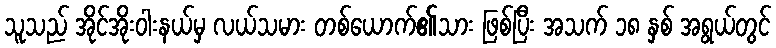
သူသည် အိုင်အိုးဝါးနယ်မှ လယ်သမား တစ်ယောက်၏သား ဖြစ်ပြီး အသက် ၁၈ နှစ် အရွယ်တွင်